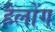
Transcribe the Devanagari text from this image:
हैलोंग